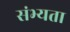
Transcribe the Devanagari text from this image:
संभ्यता